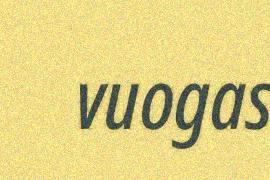
vuogas